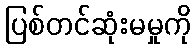
ပြစ်တင်ဆုံးမမှုကို